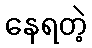
နေရတဲ့